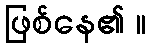
ဖြစ်နေ၏ ။